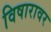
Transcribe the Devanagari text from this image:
विषारावर